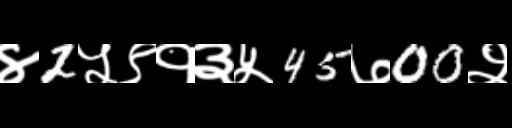
Text: ४2५९१३५45७00२